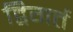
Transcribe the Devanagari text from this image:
द्विगर्त